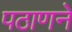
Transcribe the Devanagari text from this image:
पठाणने